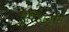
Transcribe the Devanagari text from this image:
एरिडानोस